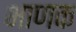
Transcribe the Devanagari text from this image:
भाणक